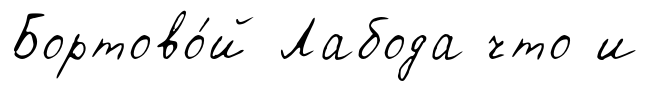
Бортово́й Лабода что и